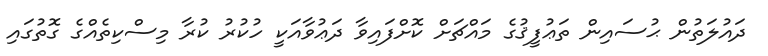
ދައުލަތުން ޙުސައިން ތަޢުފީޤުގެ މައްޗަށް ކޮށްފައިވާ ދަޢުވާއަކީ ހުކުރު ކުރާ މިސްކިތެއްގެ ގޮތުގައި